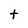
Character: t